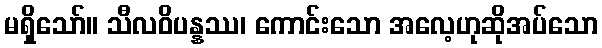
မရှိသော်။ သီလဝိပန္နဿ၊ ကောင်းသော အလေ့ဟုဆိုအပ်သော